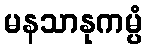
မနသာနုကမ္ပံ